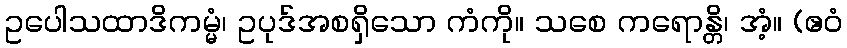
ဥပေါသထာဒိကမ္မံ၊ ဥပုဒ်အစရှိသော ကံကို။ သစေ ကရောန္တိ၊ အံ့။ (ဧဝံ